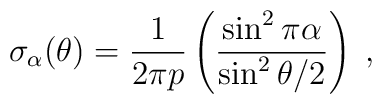
\sigma_\alpha(\theta)={1\over 2\pi p}\left({\sin^2{\pi \alpha}\over \sin^2{\theta/2}}\right)\; ,